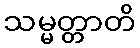
သမ္မတ္တာတိ